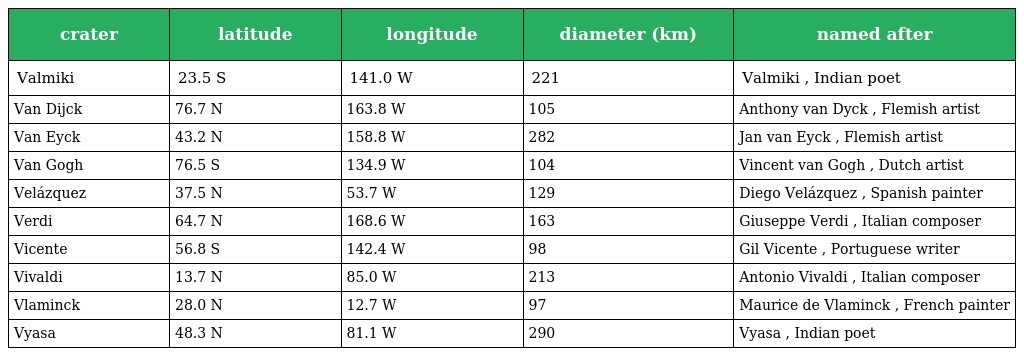
| crater | latitude | longitude | diameter (km) | named after |
 | --- | --- | --- | --- | --- |
 | Valmiki | 23.5 S | 141.0 W | 221 | Valmiki , Indian poet |
 | Van Dijck | 76.7 N | 163.8 W | 105 | Anthony van Dyck , Flemish artist |
 | Van Eyck | 43.2 N | 158.8 W | 282 | Jan van Eyck , Flemish artist |
 | Van Gogh | 76.5 S | 134.9 W | 104 | Vincent van Gogh , Dutch artist |
 | Velázquez | 37.5 N | 53.7 W | 129 | Diego Velázquez , Spanish painter |
 | Verdi | 64.7 N | 168.6 W | 163 | Giuseppe Verdi , Italian composer |
 | Vicente | 56.8 S | 142.4 W | 98 | Gil Vicente , Portuguese writer |
 | Vivaldi | 13.7 N | 85.0 W | 213 | Antonio Vivaldi , Italian composer |
 | Vlaminck | 28.0 N | 12.7 W | 97 | Maurice de Vlaminck , French painter |
 | Vyasa | 48.3 N | 81.1 W | 290 | Vyasa , Indian poet |